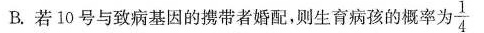
B.若10号与致病基因的携带者婚配，则生育病孩的概率为